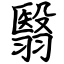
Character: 翳